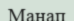
Манап